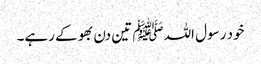
خود رسول اللہﷺ تین دن بھوکے رہے۔